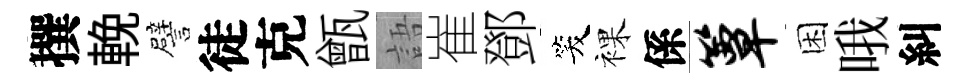
撰輓譬徒克甑語崔鄧笑裸係簟困哦糾